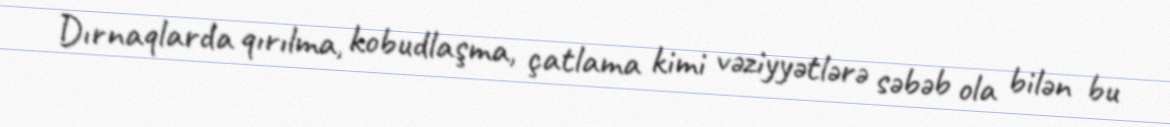
Dırnaqlarda qırılma, kobudlaşma, çatlama kimi vəziyyətlərə səbəb ola bilən bu